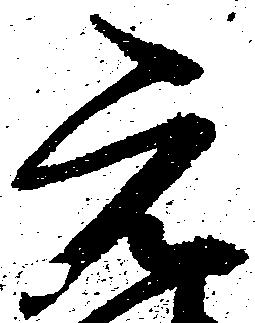
元